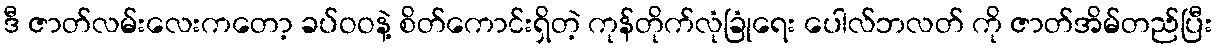
ဒီ ဇာတ်လမ်းလေးကတော့ ခပ်ဝဝနဲ့ စိတ်ကောင်းရှိတဲ့ ကုန်တိုက်လုံခြုံရေး ပေါလ်ဘလတ် ကို ဇာတ်အိမ်တည်ပြီး